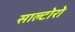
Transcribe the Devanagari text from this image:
साल्टोरो